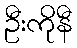
ဦးကိုနီ